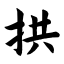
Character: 拱